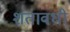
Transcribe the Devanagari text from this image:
शतावधी